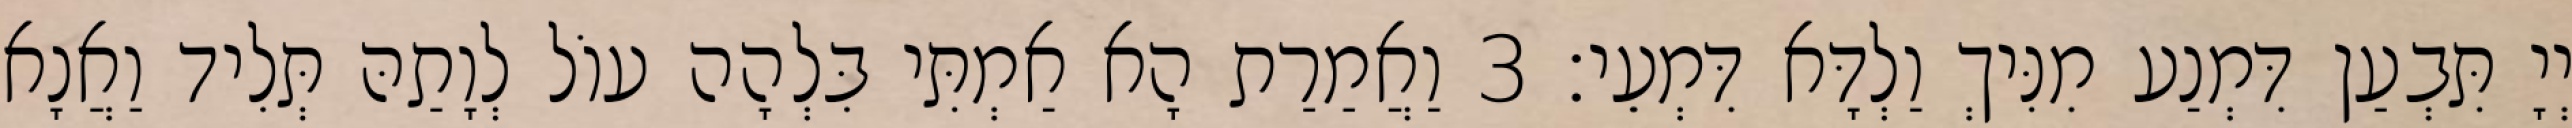
יְיָ תִּבְעַן דִּמְנַע מִנִּיךְ וַלְדָּא דִּמְעֵי׃ 3 וַאֲמַרַת הָא אַמְתִּי בִּלְהָה עוֹל לְוָתַהּ תְּלִיד וַאֲנָא